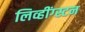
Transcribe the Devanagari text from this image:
लिव्हींग्स्टन